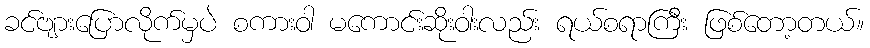
ခင်ဗျားပြောလိုက်မှပဲ စကားဝါ မကောင်းဆိုးဝါးလည်း ရယ်စရာကြီး ဖြစ်တော့တယ်။